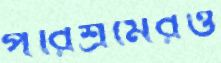
পরিশ্রমেরও